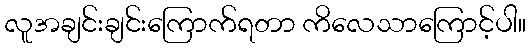
လူအချင်းချင်းကြောက်ရတာ ကိလေသာကြောင့်ပါ။